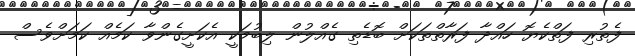
ފެތުރި ފަތްކެޔޮ ހައްދާ ފަރާތްތަކަށް ބޮޑެތި ގެއްލުން ލިބުމަކީ އެކަށީގެންވާ ކަމެއް ކަމަށްވެސް